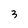
Character: 3